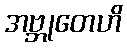
အဗ္ဘုတေဟိ